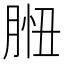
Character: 𦛾